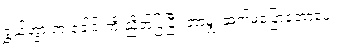
ရွှယ်ဟွားက ခေါင်းကို ညိတ်ပြပြီး ဘာမျှ ဆက်မပြောတော့ပေ။